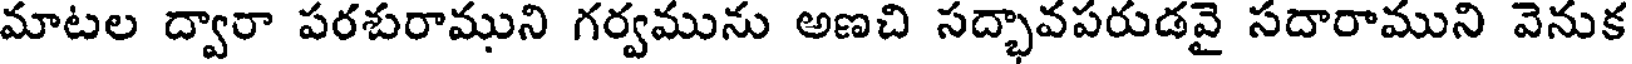
మాటల ద్వారా పరశురాముని గర్వమును అణచి సద్భావపరుడవై సదారాముని వెనుక